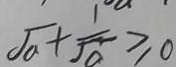
\sqrt { a } + \frac { 1 } { \sqrt { a } } \geq 0